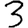
Digit: 3